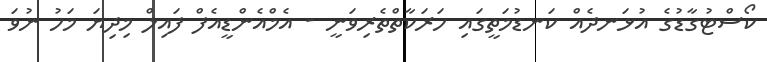
ކޯސްޓުގާޑުގެ އުޅަނދެއް ކަނޑުމަތީގައި ހަރަކާތްތެރިވަނީ - އެމްއެންޑީއެފް ފައިލް މިދިޔަ މަހު ނުވަ